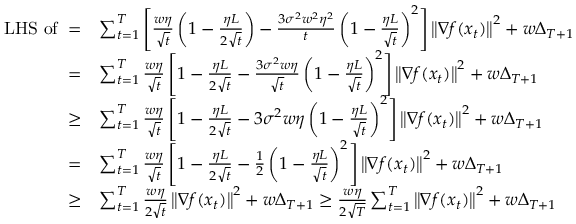
\begin{array} { r l } { \mathrm { L H S ~ o f ~ } = } & { \sum _ { t = 1 } ^ { T } \left[ \frac { w \eta } { \sqrt { t } } \left( 1 - \frac { \eta L } { 2 \sqrt { t } } \right) - \frac { 3 \sigma ^ { 2 } w ^ { 2 } \eta ^ { 2 } } { t } \left( 1 - \frac { \eta L } { \sqrt { t } } \right) ^ { 2 } \right] \left\Vert \nabla f ( x _ { t } ) \right\Vert ^ { 2 } + w \Delta _ { T + 1 } } \\ { = } & { \sum _ { t = 1 } ^ { T } \frac { w \eta } { \sqrt { t } } \left[ 1 - \frac { \eta L } { 2 \sqrt { t } } - \frac { 3 \sigma ^ { 2 } w \eta } { \sqrt { t } } \left( 1 - \frac { \eta L } { \sqrt { t } } \right) ^ { 2 } \right] \left\Vert \nabla f ( x _ { t } ) \right\Vert ^ { 2 } + w \Delta _ { T + 1 } } \\ { \mathrm { \ensuremath { \geq } } } & { \sum _ { t = 1 } ^ { T } \frac { w \eta } { \sqrt { t } } \left[ 1 - \frac { \eta L } { 2 \sqrt { t } } - 3 \sigma ^ { 2 } w \eta \left( 1 - \frac { \eta L } { \sqrt { t } } \right) ^ { 2 } \right] \left\Vert \nabla f ( x _ { t } ) \right\Vert ^ { 2 } + w \Delta _ { T + 1 } } \\ { = } & { \sum _ { t = 1 } ^ { T } \frac { w \eta } { \sqrt { t } } \left[ 1 - \frac { \eta L } { 2 \sqrt { t } } - \frac { 1 } { 2 } \left( 1 - \frac { \eta L } { \sqrt { t } } \right) ^ { 2 } \right] \left\Vert \nabla f ( x _ { t } ) \right\Vert ^ { 2 } + w \Delta _ { T + 1 } } \\ { \geq } & { \sum _ { t = 1 } ^ { T } \frac { w \eta } { 2 \sqrt { t } } \left\Vert \nabla f ( x _ { t } ) \right\Vert ^ { 2 } + w \Delta _ { T + 1 } \geq \frac { w \eta } { 2 \sqrt { T } } \sum _ { t = 1 } ^ { T } \left\Vert \nabla f ( x _ { t } ) \right\Vert ^ { 2 } + w \Delta _ { T + 1 } } \end{array}